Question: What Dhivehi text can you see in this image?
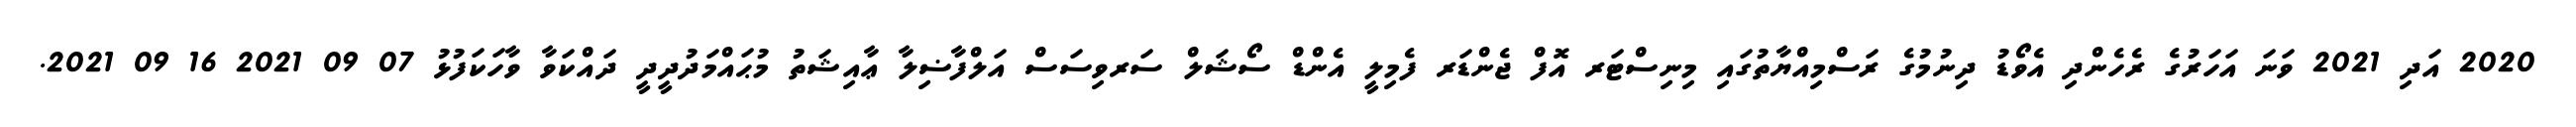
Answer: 2020 އަދި 2021 ވަނަ އަހަރުގެ ރެހެންދި އެވޯޑު ދިނުމުގެ ރަސްމިއްޔާތުގައި މިނިސްޓަރ އޮފް ޖެންޑަރ ފެމިލީ އެންޑް ސޯޝަލް ސަރވިސަސް އަލްފާޟިލާ ޢާއިޝަތު މުޙައްމަދުދީދީ ދައްކަވާ ވާހަކަފުޅު 07 09 2021 16 09 2021.